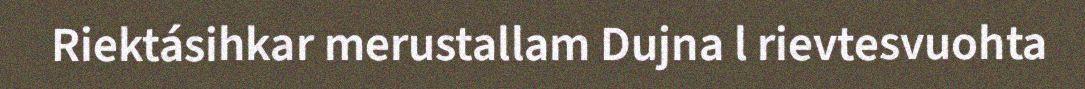
Riektásihkar merustallam Dujna l rievtesvuohta